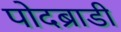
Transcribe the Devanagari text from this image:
पोदब्राडी